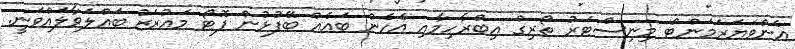
އެންވަޔަރަމަންޓް މިނިސްޓަރު ތޯރިގް އިބްރާހިމާއި އެހެން ބައެއް ބޭފުޅުން ފޮޓޯ މައުރަޒު ބައްލަވާލައްވަނީ.